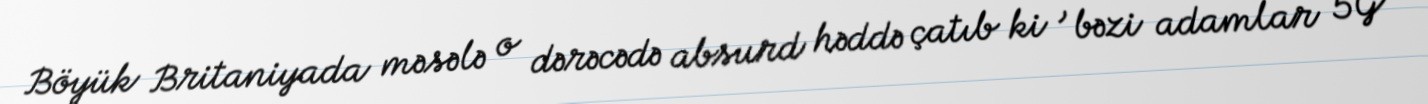
Böyük Britaniyada məsələ o dərəcədə absurd həddə çatıb ki , bəzi adamlar 5G